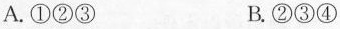
A.①②③ B.②③④